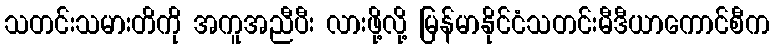
သတင်းသမားတိကို အကူအညီပီး လားဖို့လို့ မြန်မာနိုင်ငံသတင်းမီဒီယာကောင်စီက